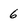
Character: 6